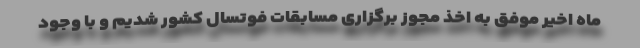
ماه اخیر موفق به اخذ مجوز برگزاری مسابقات فوتسال کشور شدیم و با وجود